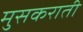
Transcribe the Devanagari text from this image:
मुसकराती